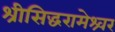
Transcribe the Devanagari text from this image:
श्रीसिद्धरामेश्र्वर